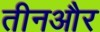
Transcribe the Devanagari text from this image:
तीनऔर